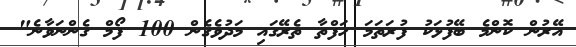
އޭރުން ކޮންމެ ބޭފުޅަކު ފުރަތަމަ ހަފްތާ ތެރޭގައި މަދުވެގެން 100 ފޯމް ގެންނަވާނެ"